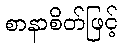
စာနာစိတ်ဖြင့်